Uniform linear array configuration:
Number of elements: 8
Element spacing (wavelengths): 0.75
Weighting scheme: kaiser
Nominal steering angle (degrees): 45
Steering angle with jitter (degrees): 46.206
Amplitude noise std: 0.05
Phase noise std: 0.05

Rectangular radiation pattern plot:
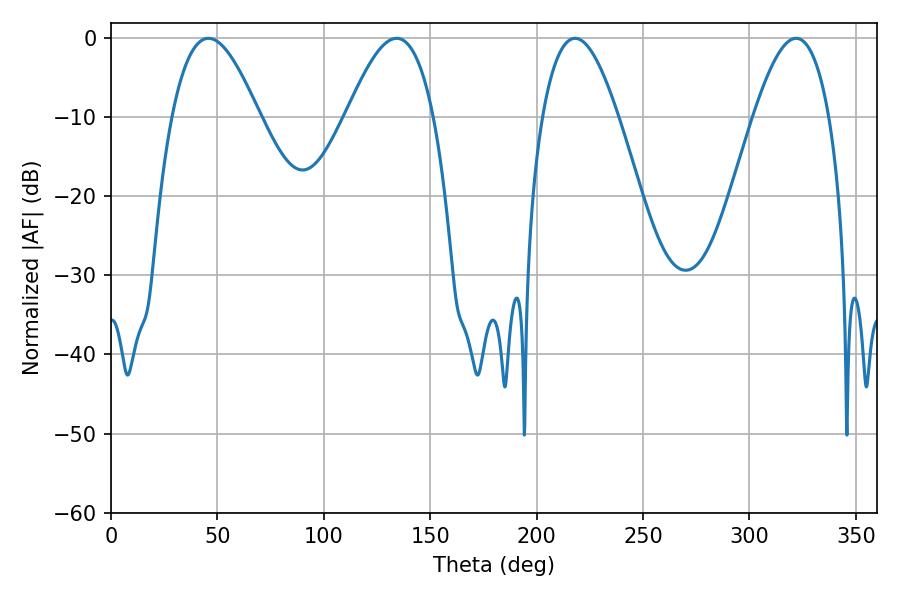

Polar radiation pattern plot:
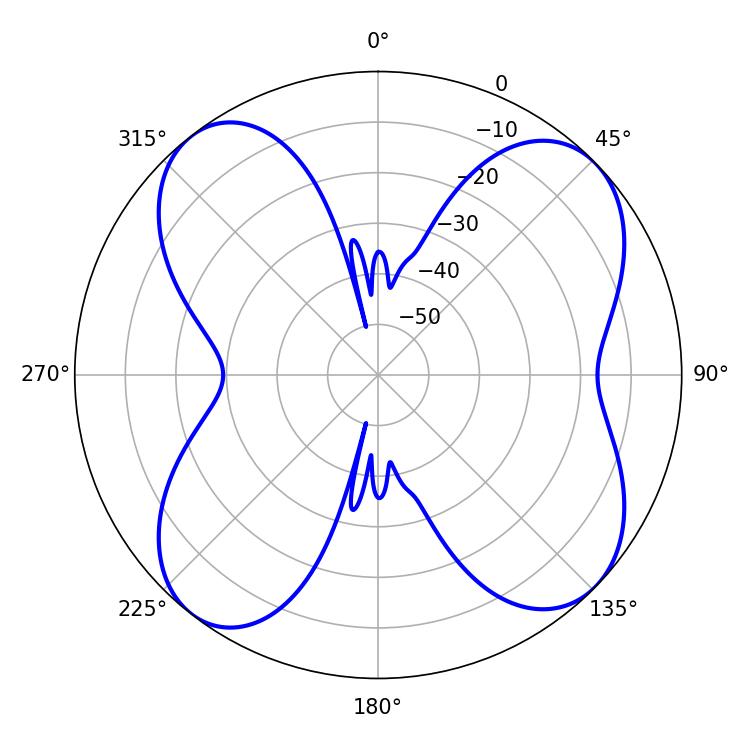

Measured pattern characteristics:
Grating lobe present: TRUE
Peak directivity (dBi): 10.829
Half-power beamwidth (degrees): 22.14
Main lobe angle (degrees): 45.72